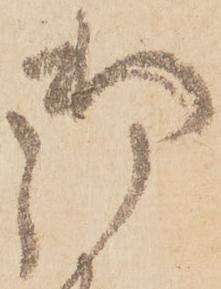
御